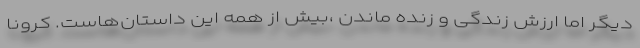
دیگر اما ارزش زندگی و زنده ماندن ،بیش از همه این داستان‌هاست. کرونا